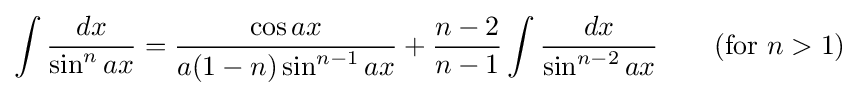
\int {\frac {dx}{\sin ^{n}ax}}={\frac {\cos ax}{a(1-n)\sin ^{n-1}ax}}+{\frac {n-2}{n-1}}\int {\frac {dx}{\sin ^{n-2}ax}}\qquad {\mbox{(for }}n>1{\mbox{)}}